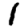
Digit: 1